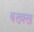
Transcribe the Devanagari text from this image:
बख्क्ख